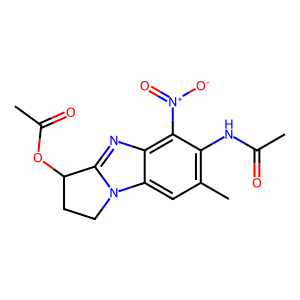
SMILES: CC(=O)Nc1c(C)cc2c(nc3n2CCC3OC(C)=O)c1[N+](=O)[O-]
Inhibits HIV replication: No